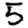
Digit: 5